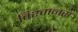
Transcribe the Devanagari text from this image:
विश्‍वानस